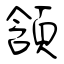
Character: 頷